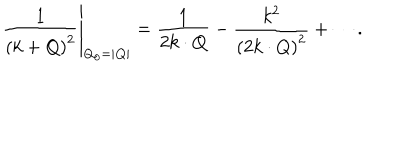
\left. \frac { 1 } { \left( k + Q \right) ^ { 2 } } \right| _ { Q _ { 0 } = | { \bf Q } | } = \frac { 1 } { 2 k \cdot Q } - \frac { k ^ { 2 } } { \left( 2 k \cdot Q \right) ^ { 2 } } + \cdots .